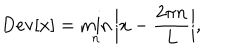
\mathrm { D e v } [ x ] = \min _ { n } \bigg | x - \frac { 2 \pi n } { L } \bigg | ,